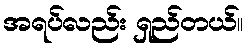
အရပ်လည်း ရှည်တယ်။